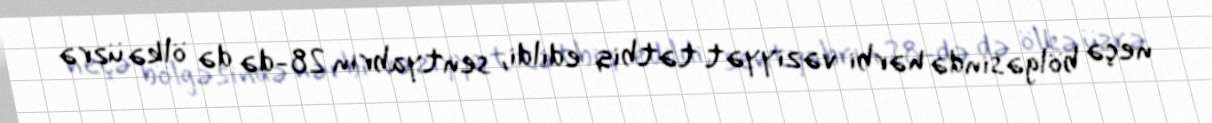
neçə bölgəsində hərbi vəziyyət tətbiq edildi, sentyabrın 28-də də ölkə üzrə